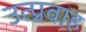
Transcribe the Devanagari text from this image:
उत्प्रवाह